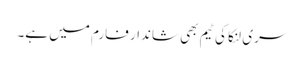
سری لنکا کی ٹیم بھی شاندار فارم میں ہے۔